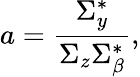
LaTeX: a=\frac{\Sigma_{y}^{*}}{\Sigma_{z}\Sigma_{\beta}^{*}},